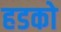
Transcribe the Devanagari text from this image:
हडको